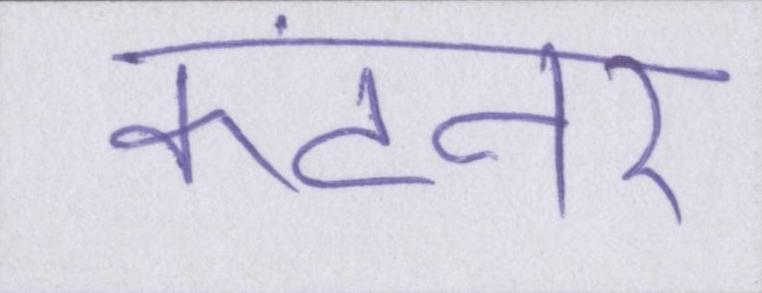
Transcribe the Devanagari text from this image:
कंटेनर